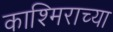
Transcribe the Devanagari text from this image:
काश्मिराच्या